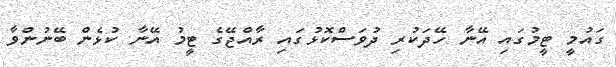
ގައުމީ ޓީމުގައި އޭނާ ހޭދަކުރި ދުވަސްކޮޅުގައި ރާއްޖޭގެ ޓީމު އޭނާ ކުޅެން ބޭނުންވާ